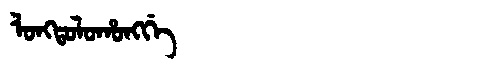
Manchu: ᠯᠣᠩᡨᠣᠯᠣᡥᠣᠩᡤᡝ
Romanization: LONGTOLOHONGGE